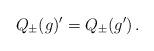
LaTeX: \begin{align*}Q_\pm(g)'=Q_\pm(g')\,.\end{align*}